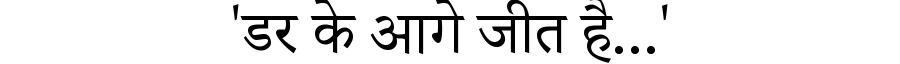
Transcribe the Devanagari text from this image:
'डर के आगे जीत है...'